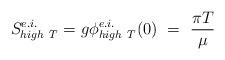
LaTeX: \begin{align*}S^{e.i.}_{high~T} = g\phi^{e.i.}_{high~T}(0)~ = ~\frac{\pi T}{\mu}\end{align*}